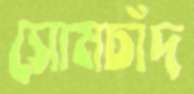
সোমচাঁদ